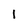
Character: I